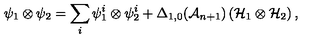
\psi _ { 1 } \otimes \psi _ { 2 } = \sum _ { i } \psi _ { 1 } ^ { i } \otimes \psi _ { 2 } ^ { i } + \Delta _ { 1 , 0 } ( { \cal A } _ { n + 1 } ) \left( { \cal H } _ { 1 } \otimes { \cal H } _ { 2 } \right) ,